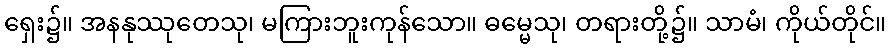
ရှေး၌။ အနနုဿုတေသု၊ မကြားဘူးကုန်သော။ ဓမ္မေသု၊ တရားတို့၌။ သာမံ၊ ကိုယ်တိုင်။